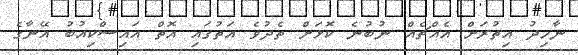
ނާހިދު އިތުރަށް އެއްޗެއް ނުބުނެ ކޮޅަށް ތެދުވެ އަތުގައި އޮތް އައިސްކިއުބު އޭނާގެ